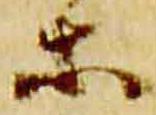
等